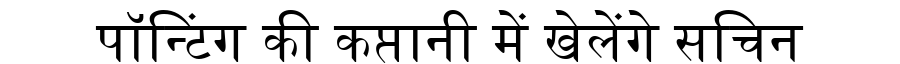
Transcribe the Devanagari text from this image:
पॉन्टिंग की कप्तानी में खेलेंगे सचिन